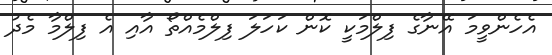
އެހެންވީމަ އޭނާގެ ފިލްމަކީ ކޮން ކަހަލަ ފިލްމެއްތޯ އާއި އެ ފިލްމާ މެދު